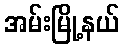
အမ်းမြို့နယ်